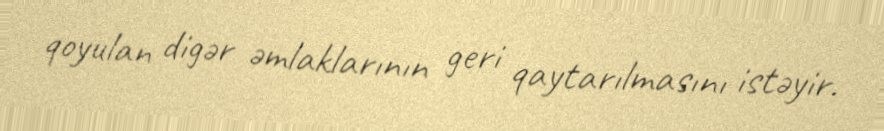
qoyulan digər əmlaklarının geri qaytarılmasını istəyir.